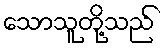
သောသူတို့သည်